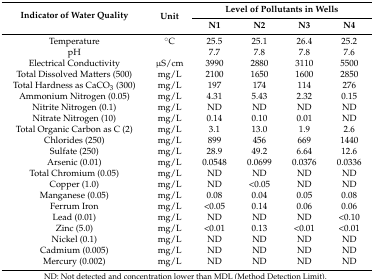
<table><thead><tr><td rowspan="2"><b>Indicator of Water Quality</b></td><td rowspan="2"><b>Unit</b></td><td colspan="4"><b>Level of Pollutants in Wells</b></td></tr><tr><td><b>N1</b></td><td><b>N2</b></td><td><b>N3</b></td><td><b>N4</b></td></tr></thead><tbody><tr><td>Temperature</td><td>°C</td><td>25.5</td><td>25.1</td><td>26.4</td><td>25.2</td></tr><tr><td>pH</td><td></td><td>7.7</td><td>7.8</td><td>7.8</td><td>7.6</td></tr><tr><td>Electrical Conductivity</td><td>μS/cm</td><td>3990</td><td>2880</td><td>3110</td><td>5500</td></tr><tr><td>Total Dissolved Matters (500)</td><td>mg/L</td><td>2100</td><td>1650</td><td>1600</td><td>2850</td></tr><tr><td>Total Hardness as CaCO<sub>3</sub> (300)</td><td>mg/L</td><td>197</td><td>174</td><td>114</td><td>276</td></tr><tr><td>Ammonium Nitrogen (0.05)</td><td>mg/L</td><td>4.31</td><td>5.43</td><td>2.32</td><td>0.15</td></tr><tr><td>Nitrite Nitrogen (0.1)</td><td>mg/L</td><td>ND</td><td>ND</td><td>ND</td><td>ND</td></tr><tr><td>Nitrate Nitrogen (10)</td><td>mg/L</td><td>0.14</td><td>0.10</td><td>0.01</td><td>ND</td></tr><tr><td>Total Organic Carbon as C (2)</td><td>mg/L</td><td>3.1</td><td>13.0</td><td>1.9</td><td>2.6</td></tr><tr><td>Chlorides (250)</td><td>mg/L</td><td>899</td><td>456</td><td>669</td><td>1440</td></tr><tr><td>Sulfate (250)</td><td>mg/L</td><td>28.9</td><td>49.2</td><td>6.64</td><td>12.6</td></tr><tr><td>Arsenic (0.01)</td><td>mg/L</td><td>0.0548</td><td>0.0699</td><td>0.0376</td><td>0.0336</td></tr><tr><td>Total Chromium (0.05)</td><td>mg/L</td><td>ND</td><td>ND</td><td>ND</td><td>ND</td></tr><tr><td>Copper (1.0)</td><td>mg/L</td><td>ND</td><td>&lt;0.05</td><td>ND</td><td>ND</td></tr><tr><td>Manganese (0.05)</td><td>mg/L</td><td>0.08</td><td>0.04</td><td>0.05</td><td>0.08</td></tr><tr><td>Ferrum Iron</td><td>mg/L</td><td>&lt;0.05</td><td>0.14</td><td>0.06</td><td>0.06</td></tr><tr><td>Lead (0.01)</td><td>mg/L</td><td>ND</td><td>ND</td><td>ND</td><td>&lt;0.10</td></tr><tr><td>Zinc (5.0)</td><td>mg/L</td><td>&lt;0.01</td><td>0.13</td><td>&lt;0.01</td><td>&lt;0.01</td></tr><tr><td>Nickel (0.1)</td><td>mg/L</td><td>ND</td><td>ND</td><td>ND</td><td>ND</td></tr><tr><td>Cadmium (0.005)</td><td>mg/L</td><td>ND</td><td>ND</td><td>ND</td><td>ND</td></tr><tr><td>Mercury (0.002)</td><td>mg/L</td><td>ND</td><td>ND</td><td>ND</td><td>ND</td></tr></tbody></table>